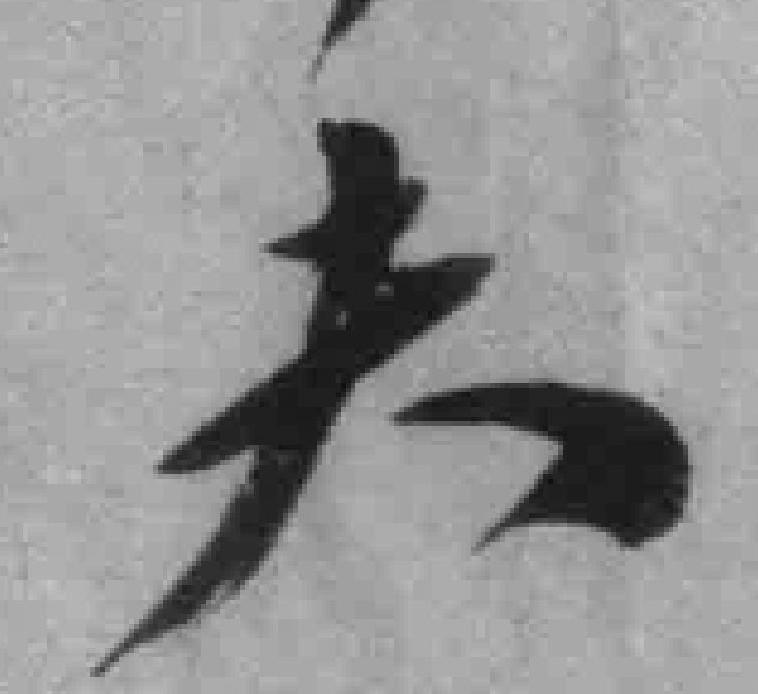
夫